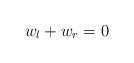
LaTeX: \begin{align*}w_l+w_r=0\end{align*}